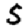
Digit: 5